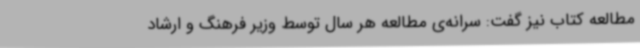
مطالعه کتاب نیز گفت: سرانه‌ی مطالعه هر سال توسط وزیر فرهنگ و ارشاد